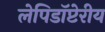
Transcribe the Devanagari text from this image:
लेपिडॉप्टेरीय